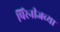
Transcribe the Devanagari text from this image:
पिरेनीजच्या